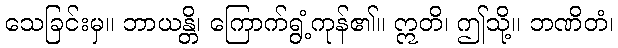
သေခြင်းမှ။ ဘာယန္တိ၊ ကြောက်ရွံ့ကုန်၏။ ဣတိ၊ ဤသို့။ ဘဏိတံ၊